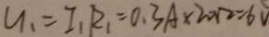
u _ { 1 } = I _ { 1 } R _ { 1 } = 0 . 3 A \times 2 0 \Omega = 6 V